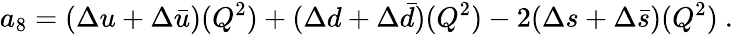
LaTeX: a_{8}=(\Delta u+\Delta\bar{u})(Q^{2})+(\Delta d+\Delta\bar{d})(Q^{2})-2(\Delta s+\Delta\bar{s})(Q^{2})~.